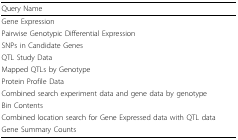
<table><thead><tr><td><b>Query Name</b></td></tr></thead><tbody><tr><td>Gene Expression</td></tr><tr><td>Pairwise Genotypic Differential Expression</td></tr><tr><td>SNPs in Candidate Genes</td></tr><tr><td>QTL Study Data</td></tr><tr><td>Mapped QTLs by Genotype</td></tr><tr><td>Protein Profile Data</td></tr><tr><td>Combined search experiment data and gene data by genotype</td></tr><tr><td>Bin Contents</td></tr><tr><td>Combined location search for Gene Expressed data with QTL data</td></tr><tr><td>Gene Summary Counts</td></tr></tbody></table>